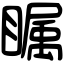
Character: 瞩